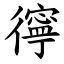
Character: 㣷